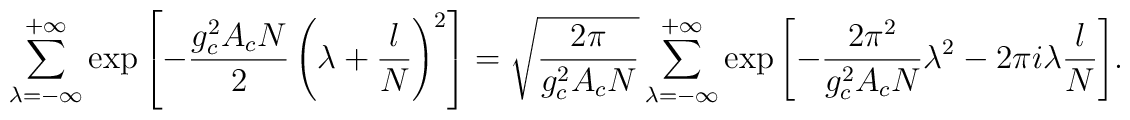
\displaystyle{\sum_{\lambda=-\infty}^{+\infty}\exp\left[-{{g_c^2 A_cN}\over 2}\left(\lambda+\frac{l}{N}\right)^2\right]=\sqrt{\frac{2\pi}{g_c^2A_cN}}\sum_{\lambda=-\infty}^{+\infty}\exp\left[-\frac{2\pi^2}{g_c^2 A_cN}\lambda^2-2\pi i\lambda\frac{l}{N}\right]}.